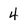
Character: 4